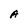
Character: A